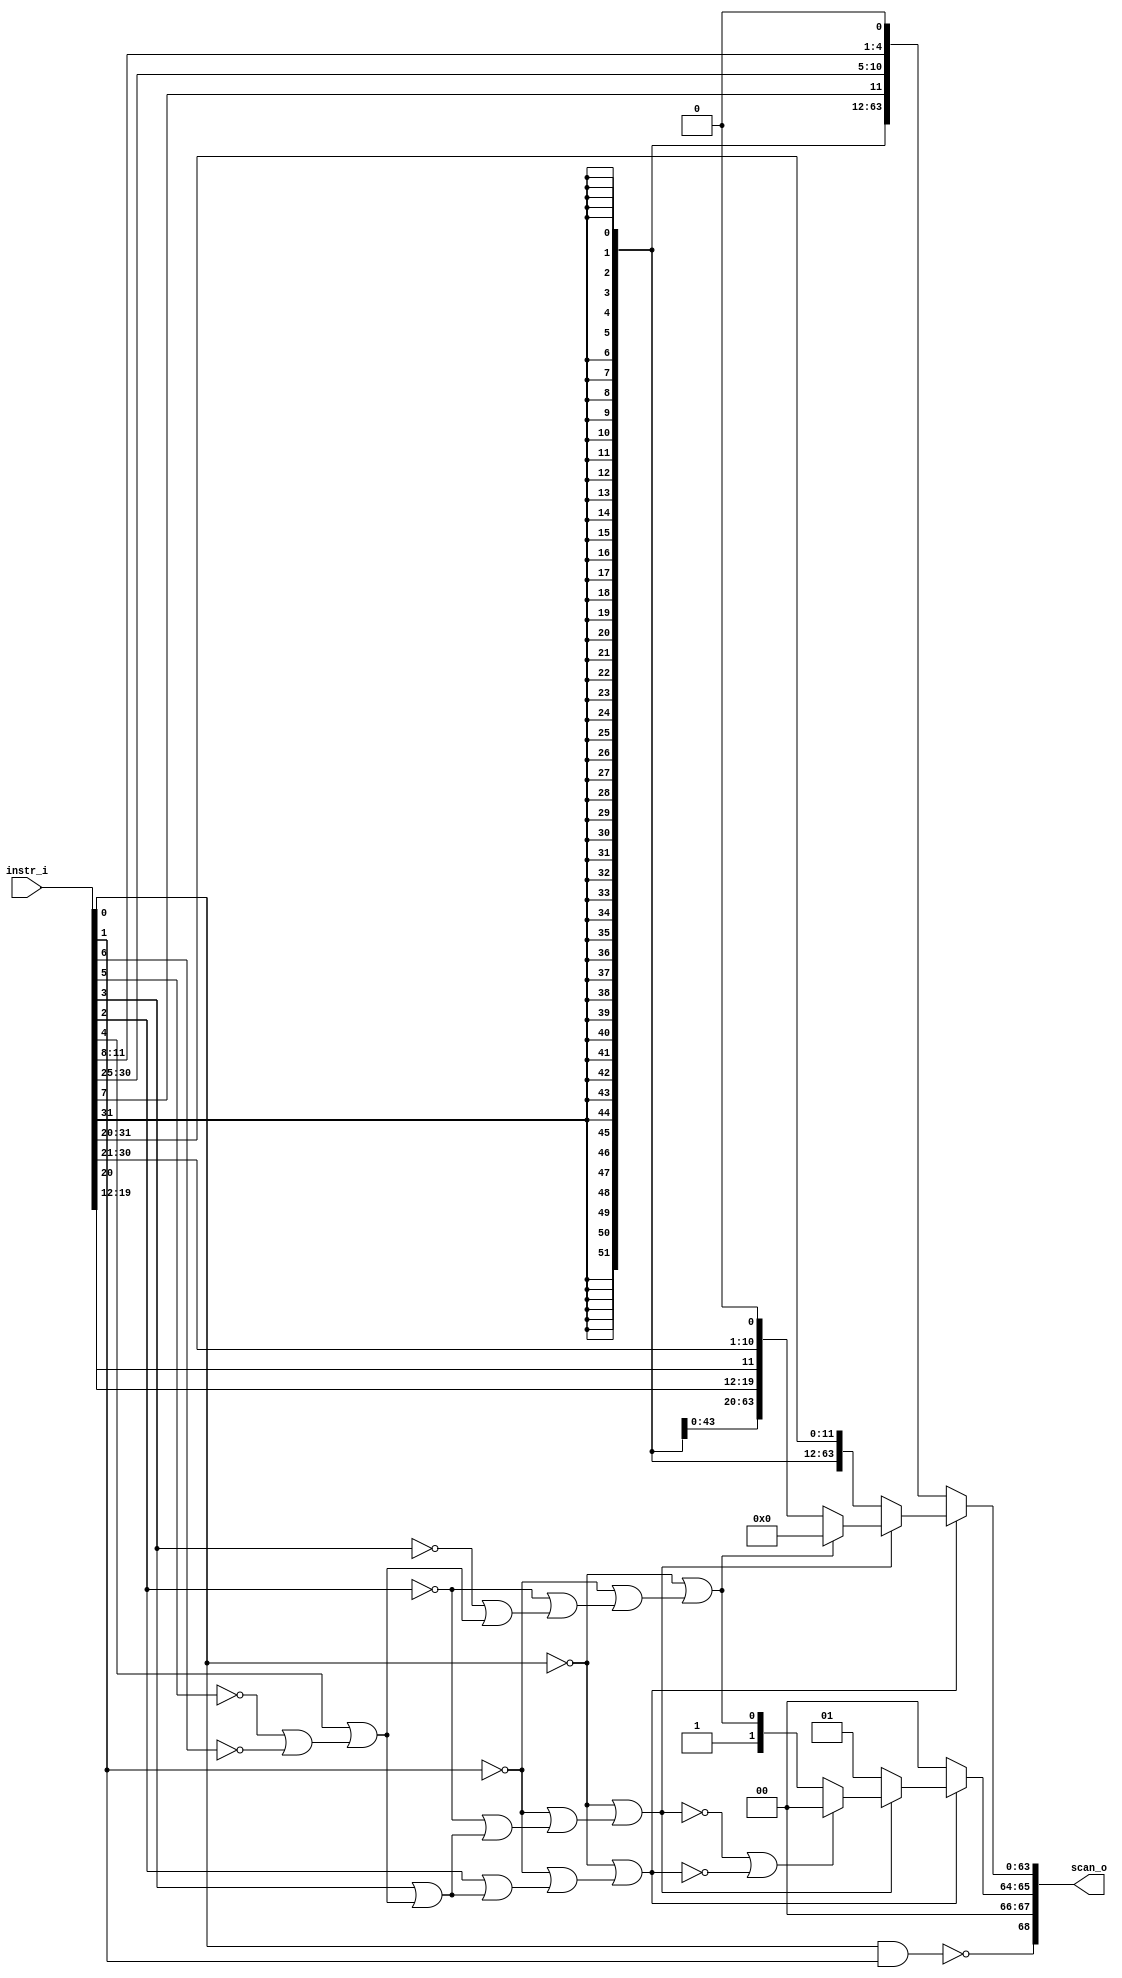
// This program was cloned from: https://github.com/NYU-MLDA/OpenABC
// License: BSD 3-Clause "New" or "Revised" License

module instr_scan_eaddr_width_p64_instr_width_p32
(
  instr_i,
  scan_o
);

  input [31:0] instr_i;
  output [68:0] scan_o;
  wire [68:0] scan_o;
  wire N0,N1,N2,N3,N4,N5,N6,N7,N9,N10,N11,N12,N13,N14,N15,N16,N17,N18,N19,N20,N21,N22,
  N23,N24,N25,N26,N27,N28,N29,N30;
  assign scan_o[66] = 1'b0;
  assign scan_o[67] = 1'b0;
  assign N7 = instr_i[0] & instr_i[1];
  assign scan_o[68] = ~N7;
  assign N9 = ~instr_i[6];
  assign N10 = ~instr_i[5];
  assign N11 = ~instr_i[3];
  assign N12 = ~instr_i[2];
  assign N13 = ~instr_i[1];
  assign N14 = ~instr_i[0];
  assign N15 = N10 | N9;
  assign N16 = instr_i[4] | N15;
  assign N17 = N11 | N16;
  assign N18 = N12 | N17;
  assign N19 = N13 | N18;
  assign N20 = N14 | N19;
  assign N21 = ~N20;
  assign N22 = instr_i[3] | N16;
  assign N23 = N12 | N22;
  assign N24 = N13 | N23;
  assign N25 = N14 | N24;
  assign N26 = ~N25;
  assign N27 = instr_i[2] | N22;
  assign N28 = N13 | N27;
  assign N29 = N14 | N28;
  assign N30 = ~N29;
  assign scan_o[65:64] = (N0)? { 1'b0, 1'b0 } :
                         (N1)? { 1'b0, 1'b1 } :
                         (N4)? { 1'b1, N20 } : 1'b0;
  assign N0 = N30;
  assign N1 = N26;
  assign scan_o[63:0] = (N0)? { instr_i[31:31], instr_i[31:31], instr_i[31:31], instr_i[31:31], instr_i[31:31], instr_i[31:31], instr_i[31:31], instr_i[31:31], instr_i[31:31], instr_i[31:31], instr_i[31:31], instr_i[31:31], instr_i[31:31], instr_i[31:31], instr_i[31:31], instr_i[31:31], instr_i[31:31], instr_i[31:31], instr_i[31:31], instr_i[31:31], instr_i[31:31], instr_i[31:31], instr_i[31:31], instr_i[31:31], instr_i[31:31], instr_i[31:31], instr_i[31:31], instr_i[31:31], instr_i[31:31], instr_i[31:31], instr_i[31:31], instr_i[31:31], instr_i[31:31], instr_i[31:31], instr_i[31:31], instr_i[31:31], instr_i[31:31], instr_i[31:31], instr_i[31:31], instr_i[31:31], instr_i[31:31], instr_i[31:31], instr_i[31:31], instr_i[31:31], instr_i[31:31], instr_i[31:31], instr_i[31:31], instr_i[31:31], instr_i[31:31], instr_i[31:31], instr_i[31:31], instr_i[31:31], instr_i[7:7], instr_i[30:25], instr_i[11:8], 1'b0 } :
                        (N1)? { instr_i[31:31], instr_i[31:31], instr_i[31:31], instr_i[31:31], instr_i[31:31], instr_i[31:31], instr_i[31:31], instr_i[31:31], instr_i[31:31], instr_i[31:31], instr_i[31:31], instr_i[31:31], instr_i[31:31], instr_i[31:31], instr_i[31:31], instr_i[31:31], instr_i[31:31], instr_i[31:31], instr_i[31:31], instr_i[31:31], instr_i[31:31], instr_i[31:31], instr_i[31:31], instr_i[31:31], instr_i[31:31], instr_i[31:31], instr_i[31:31], instr_i[31:31], instr_i[31:31], instr_i[31:31], instr_i[31:31], instr_i[31:31], instr_i[31:31], instr_i[31:31], instr_i[31:31], instr_i[31:31], instr_i[31:31], instr_i[31:31], instr_i[31:31], instr_i[31:31], instr_i[31:31], instr_i[31:31], instr_i[31:31], instr_i[31:31], instr_i[31:31], instr_i[31:31], instr_i[31:31], instr_i[31:31], instr_i[31:31], instr_i[31:31], instr_i[31:31], instr_i[31:31], instr_i[31:20] } :
                        (N2)? { instr_i[31:31], instr_i[31:31], instr_i[31:31], instr_i[31:31], instr_i[31:31], instr_i[31:31], instr_i[31:31], instr_i[31:31], instr_i[31:31], instr_i[31:31], instr_i[31:31], instr_i[31:31], instr_i[31:31], instr_i[31:31], instr_i[31:31], instr_i[31:31], instr_i[31:31], instr_i[31:31], instr_i[31:31], instr_i[31:31], instr_i[31:31], instr_i[31:31], instr_i[31:31], instr_i[31:31], instr_i[31:31], instr_i[31:31], instr_i[31:31], instr_i[31:31], instr_i[31:31], instr_i[31:31], instr_i[31:31], instr_i[31:31], instr_i[31:31], instr_i[31:31], instr_i[31:31], instr_i[31:31], instr_i[31:31], instr_i[31:31], instr_i[31:31], instr_i[31:31], instr_i[31:31], instr_i[31:31], instr_i[31:31], instr_i[31:31], instr_i[19:12], instr_i[20:20], instr_i[30:21], 1'b0 } :
                        (N6)? { 1'b0, 1'b0, 1'b0, 1'b0, 1'b0, 1'b0, 1'b0, 1'b0, 1'b0, 1'b0, 1'b0, 1'b0, 1'b0, 1'b0, 1'b0, 1'b0, 1'b0, 1'b0, 1'b0, 1'b0, 1'b0, 1'b0, 1'b0, 1'b0, 1'b0, 1'b0, 1'b0, 1'b0, 1'b0, 1'b0, 1'b0, 1'b0, 1'b0, 1'b0, 1'b0, 1'b0, 1'b0, 1'b0, 1'b0, 1'b0, 1'b0, 1'b0, 1'b0, 1'b0, 1'b0, 1'b0, 1'b0, 1'b0, 1'b0, 1'b0, 1'b0, 1'b0, 1'b0, 1'b0, 1'b0, 1'b0, 1'b0, 1'b0, 1'b0, 1'b0, 1'b0, 1'b0, 1'b0, 1'b0 } : 1'b0;
  assign N2 = N21;
  assign N3 = N26 | N30;
  assign N4 = ~N3;
  assign N5 = N21 | N3;
  assign N6 = ~N5;

endmodule